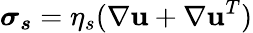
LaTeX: \boldsymbol{\sigma_{s}}=\eta_{s}(\nabla\textbf{u}+\nabla\textbf{u}^{T})